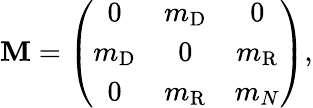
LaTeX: {\cal\mathbf{M}}=\left(\begin{array}{ccc}{{0}}&{{m_{\mathrm{D}}}}&{{0}}\\ {{m_{\mathrm{D}}}}&{{0}}&{{m_{\mathrm{R}}}}\\ {{0}}&{{m_{\mathrm{R}}}}&{{m_{N}}}\end{array}\right),